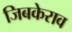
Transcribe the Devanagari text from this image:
जिबकेराव